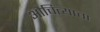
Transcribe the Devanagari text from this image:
औचित्याचा